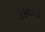
ઉકવાનો